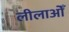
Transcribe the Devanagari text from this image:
लीलाओँ